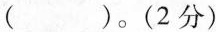
()。(2分)